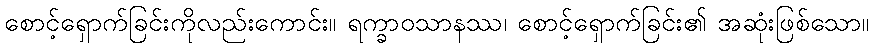
စောင့်ရှောက်ခြင်းကိုလည်းကောင်း။ ရက္ခာဝသာနဿ၊ စောင့်ရှောက်ခြင်း၏ အဆုံးဖြစ်သော။